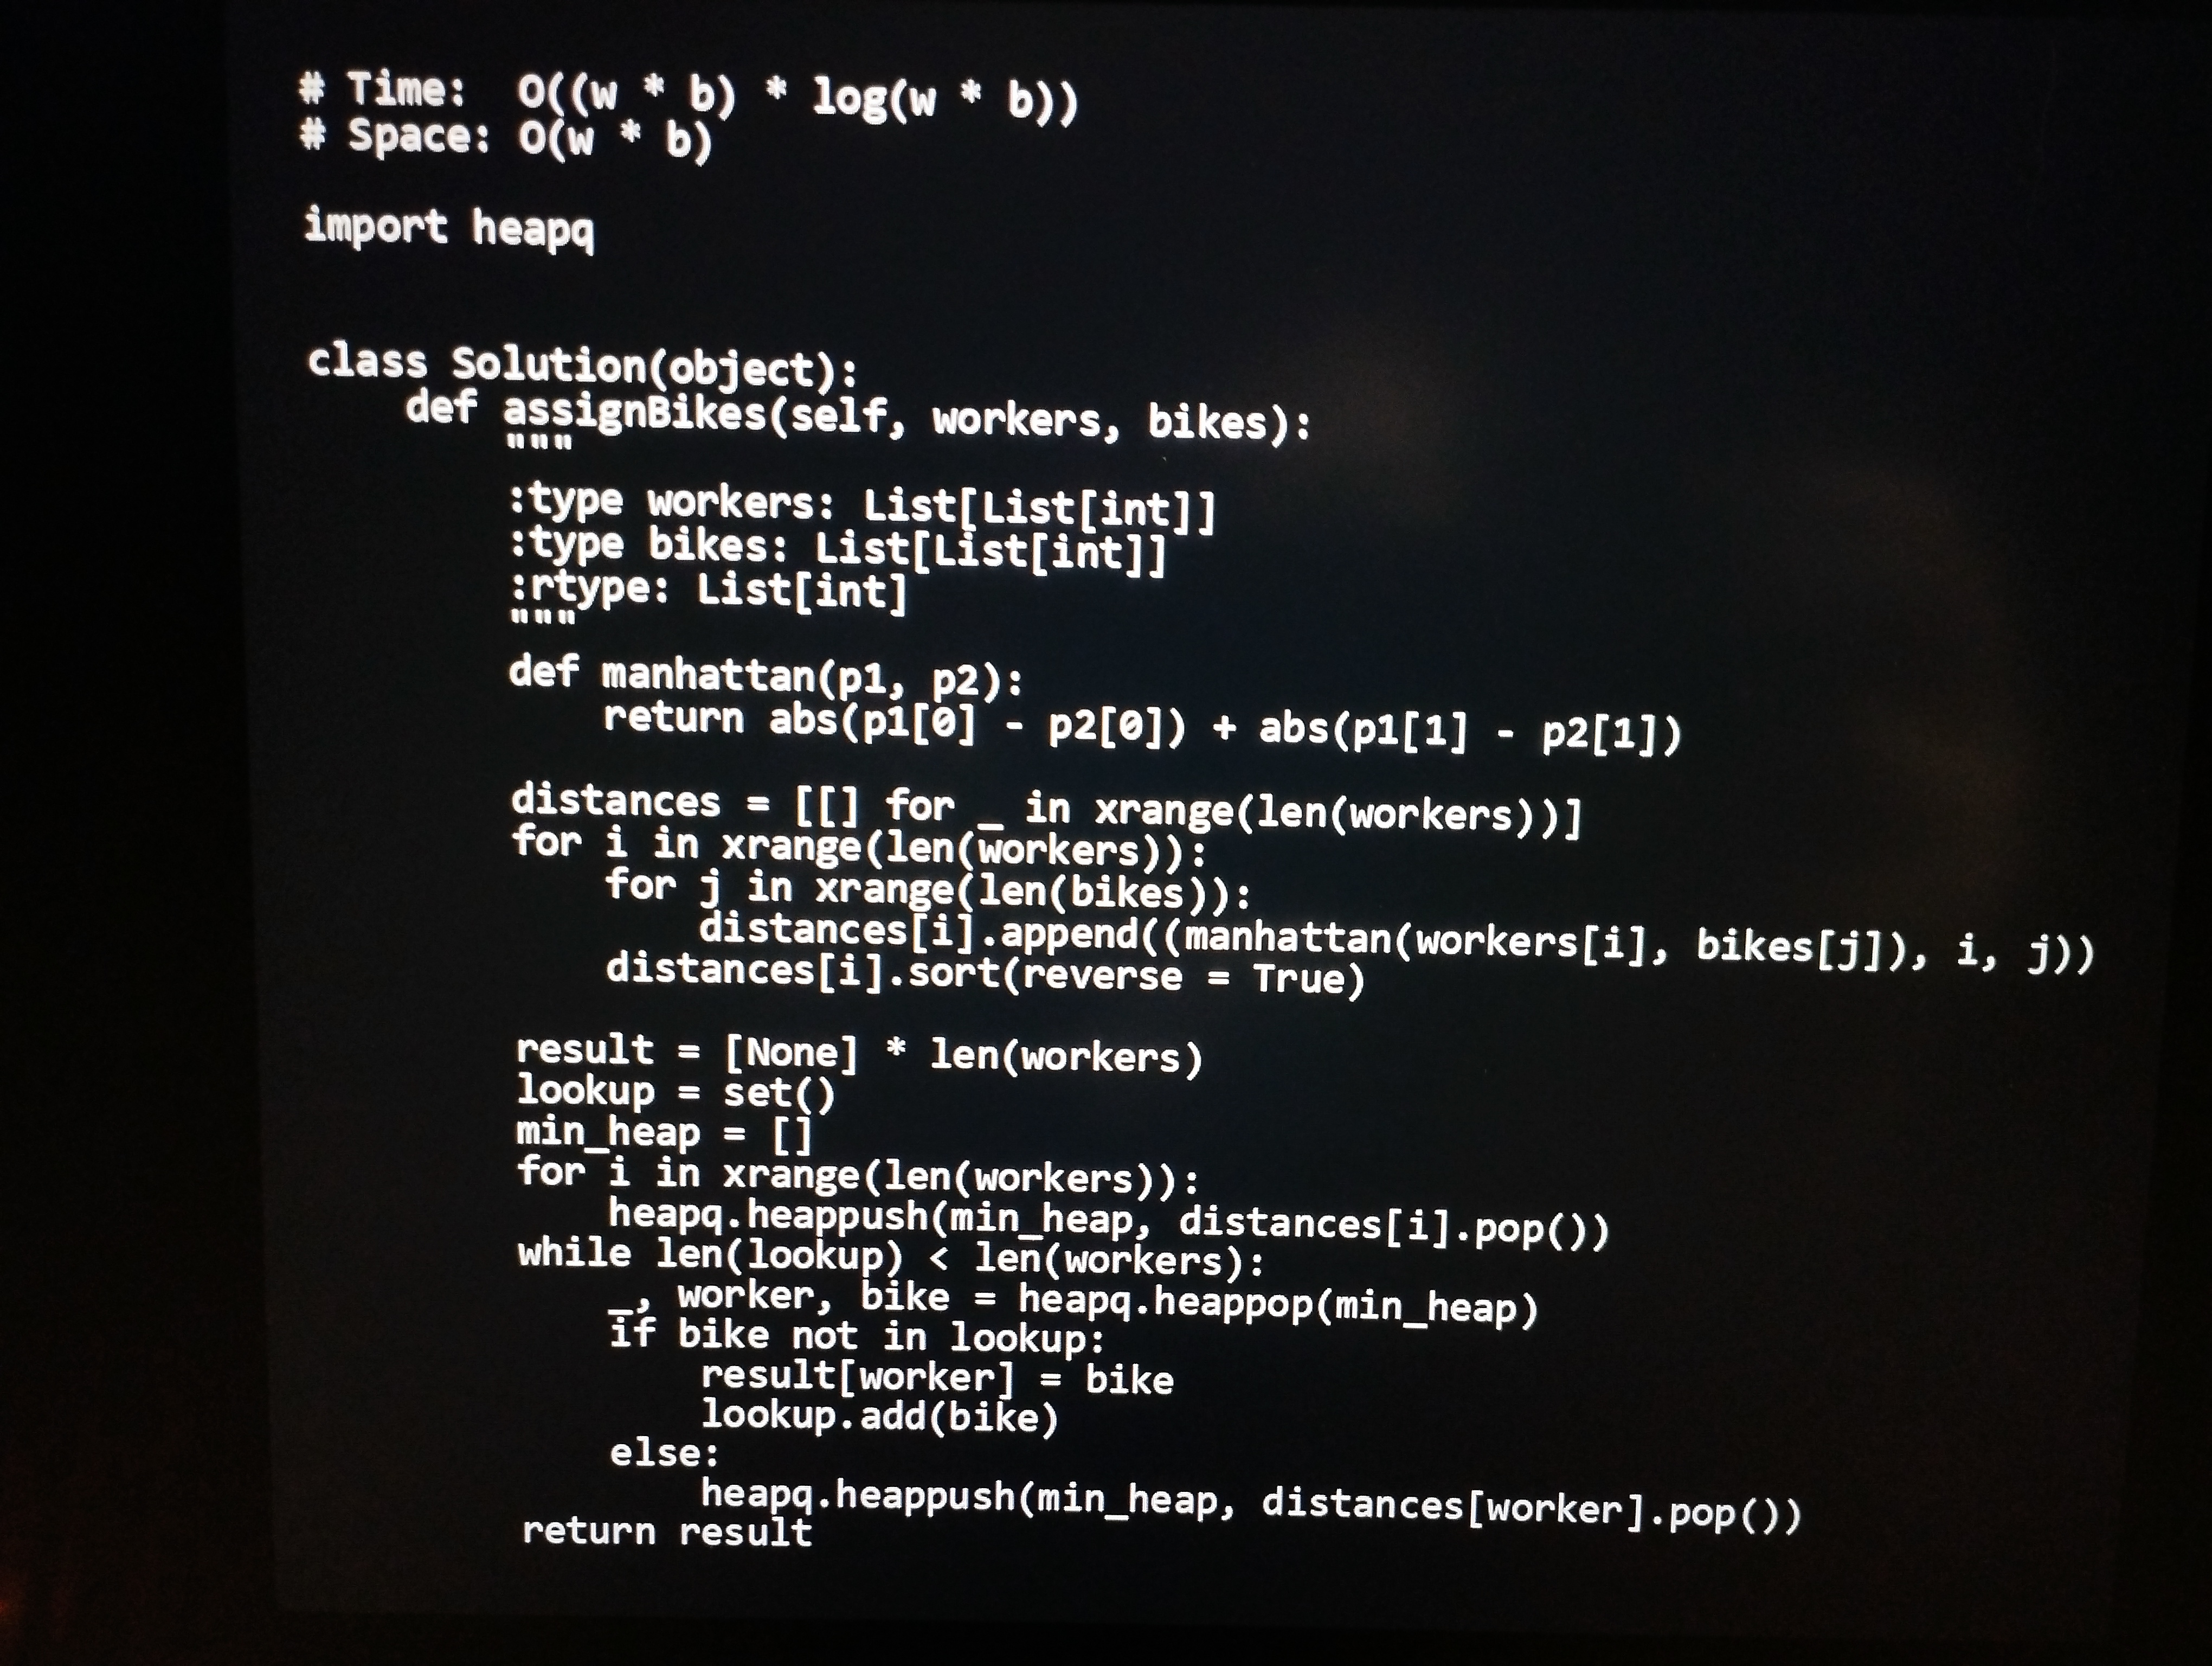
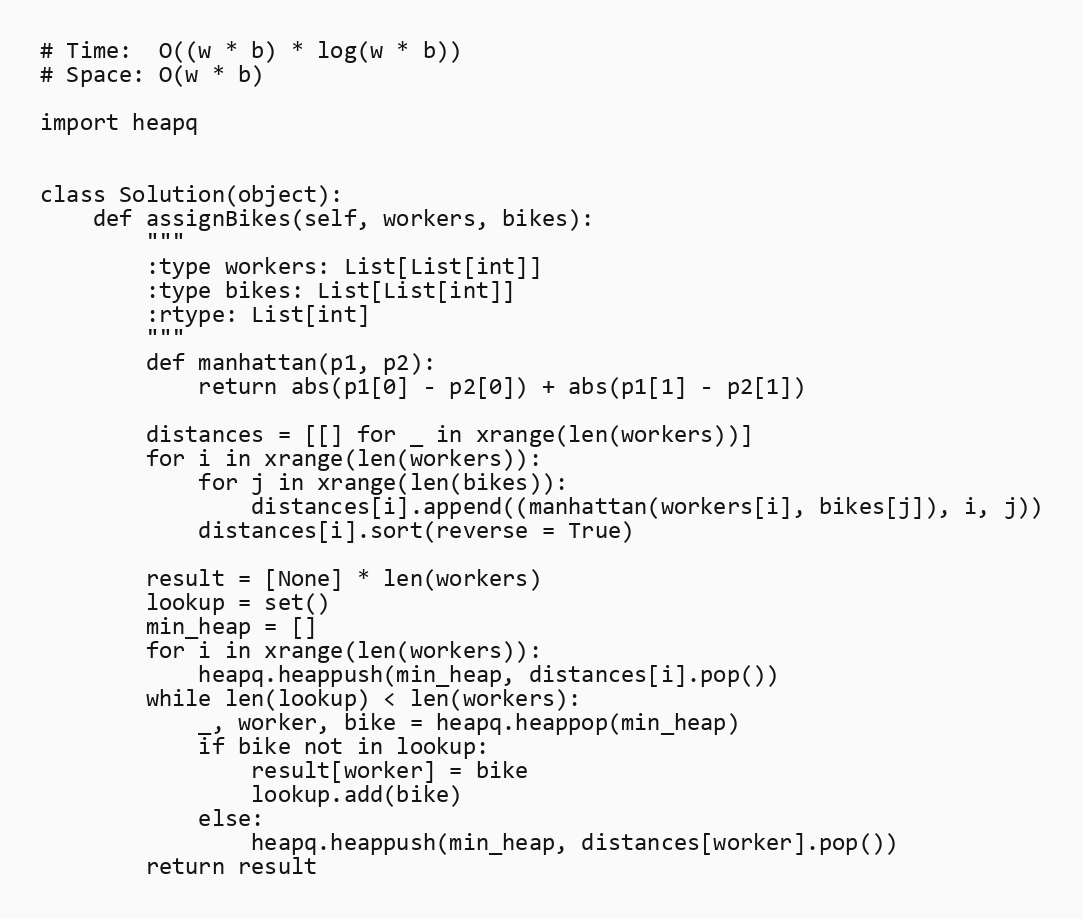
# Time:  O((w * b) * log(w * b))
# Space: O(w * b)

import heapq

class Solution(object):
    def assignBikes(self, workers, bikes):
        """
        :type workers: List[List[int]]
        :type bikes: List[List[int]]
        :rtype: List[int]
        """
        def manhattan(p1, p2):
            return abs(p1[0] - p2[0]) + abs(p1[1] - p2[1])

        distances = [[] for _ in xrange(len(workers))]
        for i in xrange(len(workers)):
            for j in xrange(len(bikes)):
                distances[i].append((manhattan(workers[i], bikes[j]), i, j))
            distances[i].sort(reverse = True)

        result = [None] * len(workers)
        lookup = set()
        min_heap = []
        for i in xrange(len(workers)):
            heapq.heappush(min_heap, distances[i].pop())
        while len(lookup) < len(workers):
            _, worker, bike = heapq.heappop(min_heap)
            if bike not in lookup:
                result[worker] = bike
                lookup.add(bike)
            else:
                heapq.heappush(min_heap, distances[worker].pop())
        return result